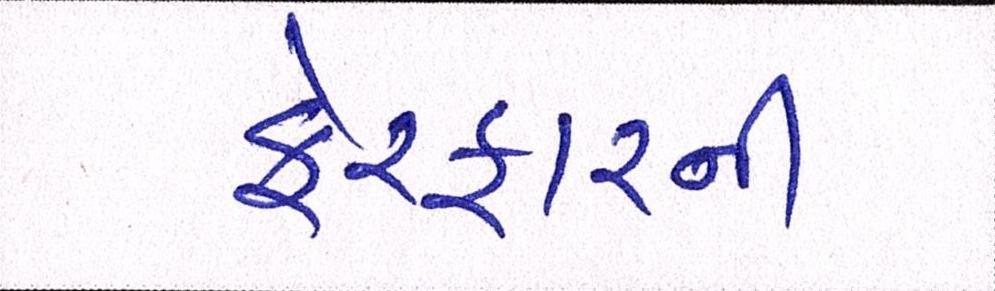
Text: ફેરફારની